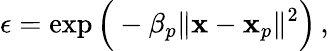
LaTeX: \epsilon=\exp\Big(-\beta_{p}\| \mathbf{x}-\mathbf{x}_{p}\| ^{2}\Big)\, ,